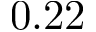
0 . 2 2